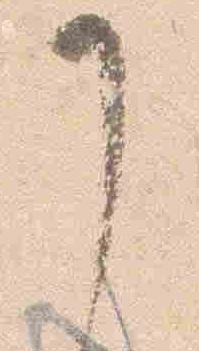
了